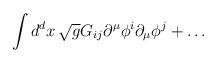
LaTeX: \begin{align*}\int d^dx\,\sqrt{g} G_{ij} \partial^\mu\phi^i\partial_\mu\phi^j+\ldots \end{align*}